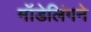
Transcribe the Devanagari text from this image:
मॉडेलिंगने